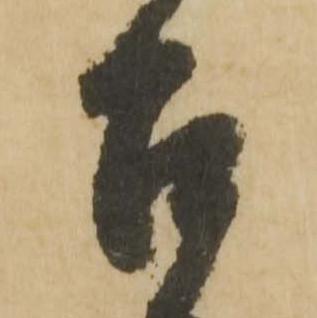
召